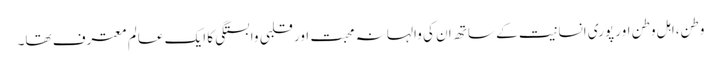
وطن،اہل وطن اور پوری انسانیت کے ساتھ ان کی والہانہ محبت اور قلبی وابستگی کا ایک عالم معترف تھا۔